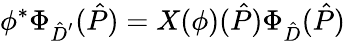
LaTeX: \phi^{*}\Phi_{\hat{D}^{'}}(\hat{P})=X(\phi)(\hat{P})\Phi_{\hat{D}}(\hat{P})